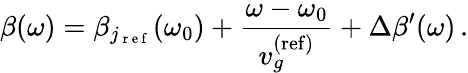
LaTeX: \beta(\omega)=\beta_{j_{\mathrm{~r~e~f~}}}(\omega_{0})+\frac{\omega-\omega_{0}}{v_{g}^{\mathrm{(ref)}}}+\Delta\beta^{\prime}(\omega)\, .